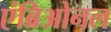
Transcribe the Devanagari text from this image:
एंब्रिओनल